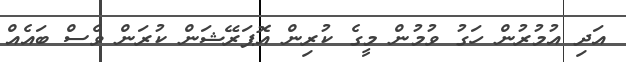
އަދި އުމުރުން ހަގު ވުމުން މީގެ ކުރިން އޮޕަރޭޝަން ކުރަން ވެސް ބައެއް